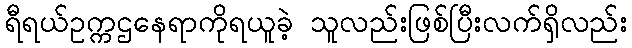
ရီရယ်ဥက္ကဌနေရာကိုရယူခဲ့ သူလည်းဖြစ်ပြီးလက်ရှိလည်း